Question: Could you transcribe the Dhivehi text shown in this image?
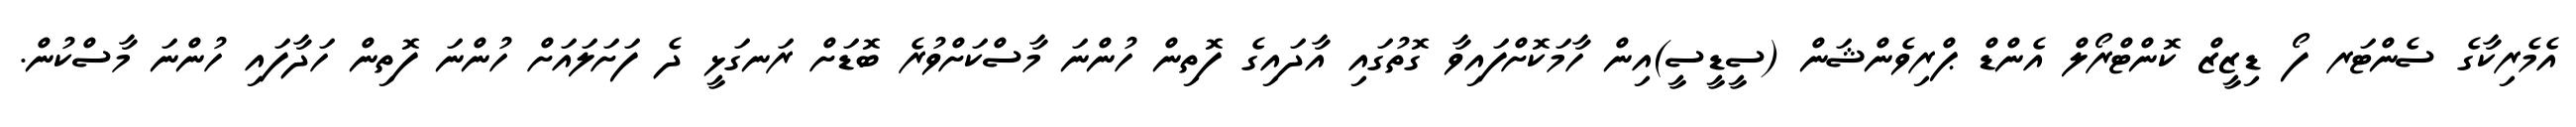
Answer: އެމެރިކާގެ ސެންޓަރ ފޯ ޑިޒީޒް ކޮންޓްރޯލް އެންޑް ޕްރިވެންޝަން (ސީޑީސީ)އިން ހާމަކޮށްފައިވާ ގޮތުގައި އާދައިގެ ފޮތިން ހުންނަ މާސްކަށްވުރެ ބޮޑަށް ރަނގަޅީ ދެ ފަށަލައަށް ހުންނަ ފޮތިން ހަދާފައި ހުންނަ މާސްކުން.